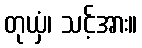
တုယှံ၊ သင့်အား။